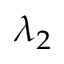
\lambda _ { 2 }